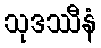
သုဒဿီနံ